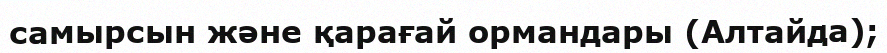
самырсын және қарағай ормандары (Алтайда);